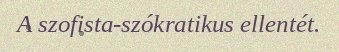
A szofista-szókratikus ellentét.